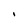
Character: I